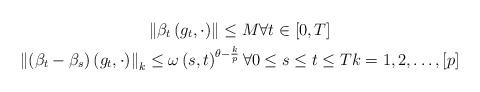
LaTeX: \begin{gather*}\left\Vert \beta _{t}\left( g_{t},\cdot \right) \right\Vert \leq M\forall t\in \left[ 0,T\right] \\\left\Vert \left( \beta _{t}-\beta _{s}\right) \left( g_{t},\cdot \right)\right\Vert _{k}\leq \omega \left( s,t\right) ^{\theta -\frac{k}{p}}\forall 0\leq s\leq t\leq Tk=1,2,\dots ,\left[ p\right] \end{gather*}